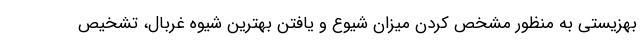
بهزیستی به منظور مشخص کردن میزان شیوع و یافتن بهترین شیوه غربال، تشخیص